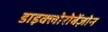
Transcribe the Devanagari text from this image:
डाइक्लोरोबेंज़ोन